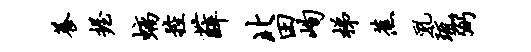
养握螭控薛北田峋梯蕉乳琉弼